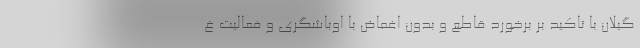
گیلان با تاکید بر برخورد قاطع و بدون اغماض با اوباشگری و فعالیت غ